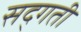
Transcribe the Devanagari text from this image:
सद्‌गती